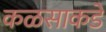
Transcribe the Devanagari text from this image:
कळसाकडे